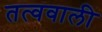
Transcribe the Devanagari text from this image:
तत्ववाली